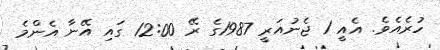
ހުރެއެވެ. އެއީ 1 ޖެނުއަރީ 1987ގެ ރޭ 12:00 ގައި އޭނާ އެންމެ